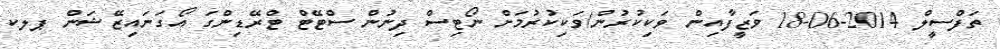
ތަފްސީލް 2014-06-18 ވަޒީފާއިން ވަކިކުރުން/ވަކިކުރުމަށް ނޯޓިސް ދިނުން ސްޓޭޓް ޓްރޭޑިންގަ އޯގަނައިޒޭޝަން ޕލކ